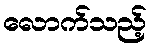
လောက်သည့်